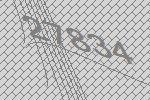
27834